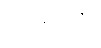
ဝိပုလော